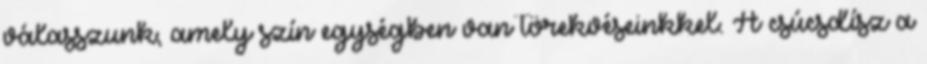
válasszunk, amely szín egységben van törekvéseinkkel. A csúcsdísz a